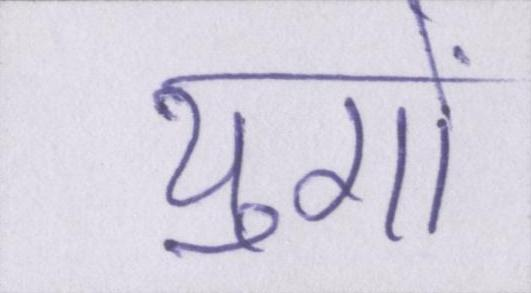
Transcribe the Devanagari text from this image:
युगों